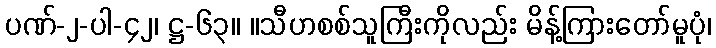
ပဏ်-၂-ပါ-၄၂၊ ဋ္ဌ-၆၃။ ။သီဟစစ်သူကြီးကိုလည်း မိန့်ကြားတော်မူပုံ၊